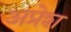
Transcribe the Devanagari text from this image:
अप्रेश